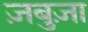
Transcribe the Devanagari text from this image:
ज़बुज़ा